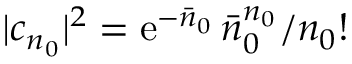
| c _ { n _ { 0 } } | ^ { 2 } = \mathrm { e } ^ { - \bar { n } _ { 0 } } \, { \bar { n } _ { 0 } } ^ { n _ { 0 } } / n _ { 0 } !